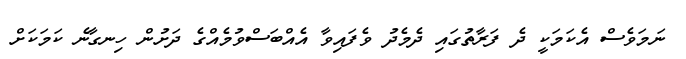
ނަމަވެސް އެކަމަކީ ދެ ފަރާތުގައި ދެމެދު ވެފައިވާ އެއްބަސްވުމެއްގެ ދަށުން ހިނގާނެ ކަމަކަށް